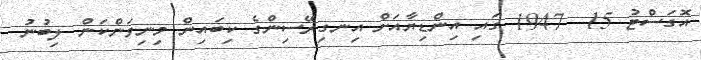
އޮގަސްޓު 15  1947 ގައި އިންޑިޔާއަށް އިނގިރޭސިންގެ ކިބައިން މިނިވަންކަން ލިބުނު